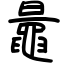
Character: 鼂